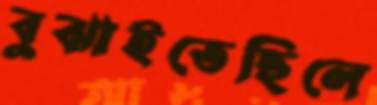
বুঝাইতেছিলে